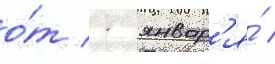
о́т 1 январ'я́ /